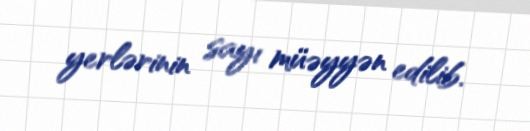
yerlərinin sayı müəyyən edilib.